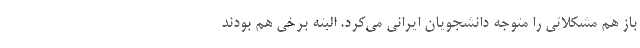
باز هم مشکلاتی را متوجه دانشجویان ایرانی می‌کرد. البته برخی هم بودند